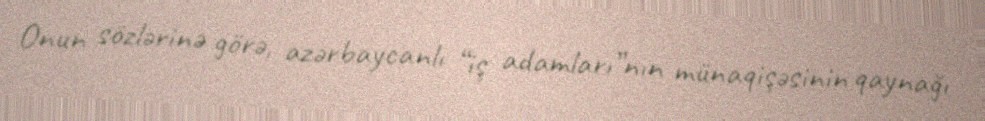
Onun sözlərinə görə, azərbaycanlı “iş adamları”nın münaqişəsinin qaynağı